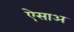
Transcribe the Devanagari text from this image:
ऐसाअ